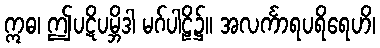
ဣဓ၊ ဤပဋိပမ္ဘိဒါ မဂ်ပါဠိ၌။ အလင်္ကာရပရိရေဟိ၊